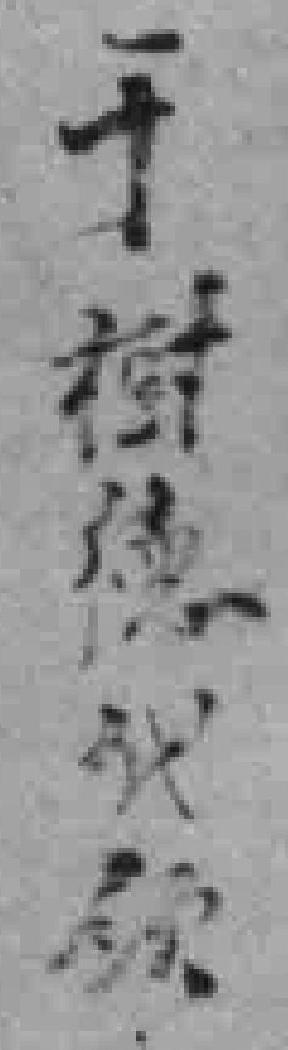
于樹德贸额